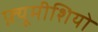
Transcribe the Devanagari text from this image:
फ़्यूमीशियो